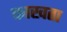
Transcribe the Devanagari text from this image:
फाखता